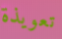
تعويذة